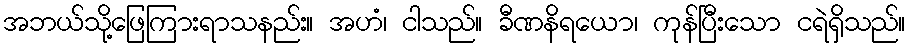
အဘယ်သို့ဖြေကြားရာသနည်း။ အဟံ၊ ငါသည်။ ခီဏနိရယော၊ ကုန်ပြီးသော ငရဲရှိသည်။